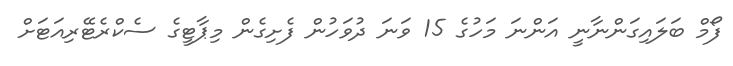
ފޯމް ބަލައިގަންނާނީ އަންނަ މަހުގެ 15 ވަނަ ދުވަހުން ފެށިގެން މިޕާޓީގެ ސެކްރެޓޭރިއަޓަށް